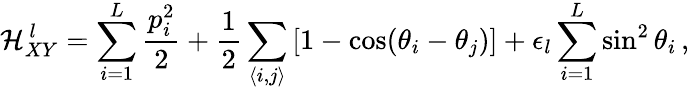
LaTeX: \mathcal{H}_{XY}^{\, l}=\sum_{i=1}^{L}\frac{p_{i}^{2}}{2}+\frac{1}{2}\sum_{\langle i,j\rangle}\left[1-\cos(\theta_{i}-\theta_{j})\right]+\epsilon_{l}\sum_{i=1}^{L}\sin^{2}{\theta_{i}}\, ,